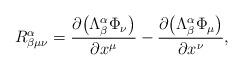
LaTeX: \begin{align*}R_{\beta\mu\nu}^\alpha = \frac{\partial {\left ( \Lambda_\beta^\alpha\Phi_\nu \right )}}{\partial x^\mu} - \frac{\partial {\left (\Lambda_\beta^\alpha \Phi_\mu \right )}}{\partial x^\nu},\end{align*}